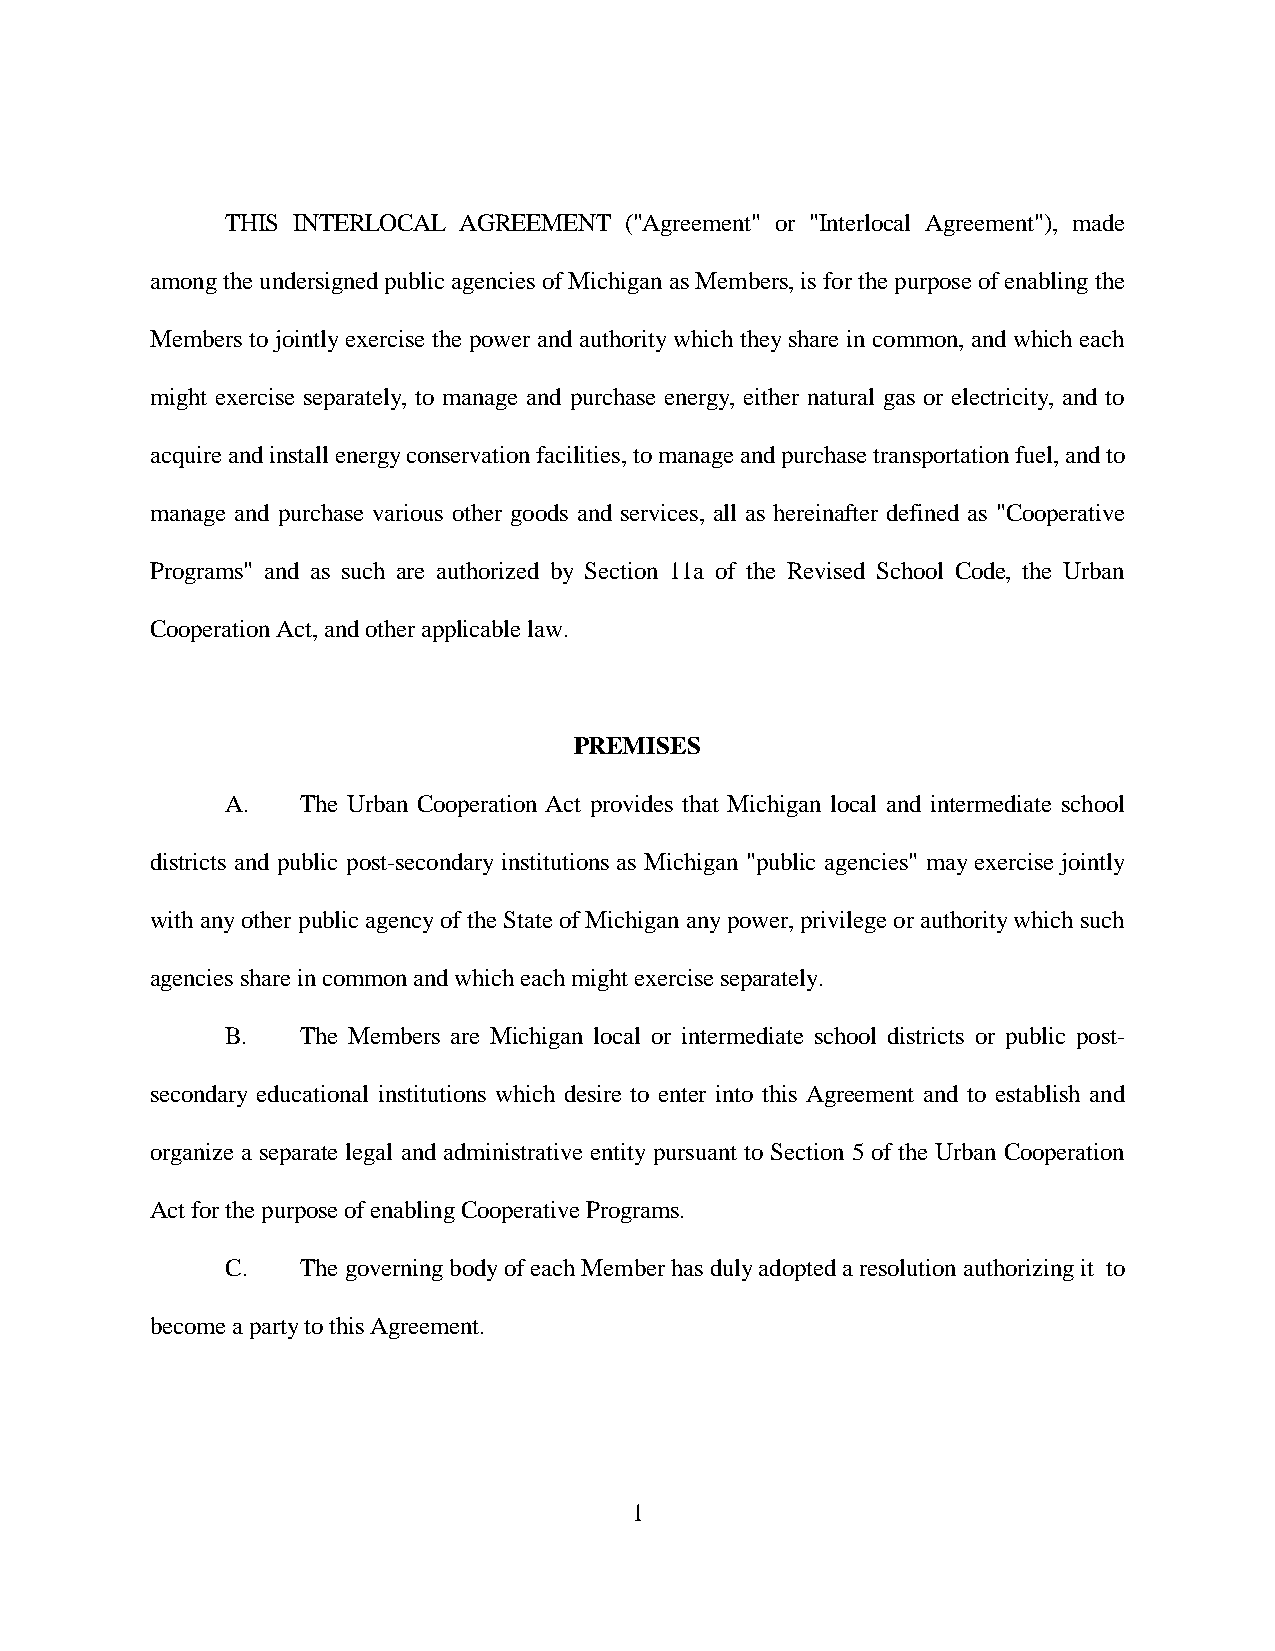
THIS INTERLOCAL AGREEMENT ("Agreement" or "Interlocal Agreement"), made
 among the undersigned public agencies of Michigan as Members, is for the purpose of enabling the
 Members to jointly exercise the power and authority which they share in common, and which each
 might exercise separately, to manage and purchase energy, either natural gas or electricity, and to
 acquire and install energy conservation facilities, to manage and purchase transportation fuel, and to
 manage and purchase various other goods and services, all as hereinafter defined as "Cooperative
 Programs" and as such are authorized by Section 11a of the Revised School Code, the Urban
 Cooperation Act, and other applicable law.
 PREMISES
 A.   The Urban Cooperation Act provides that Michigan local and intermediate school
 districts and public post-secondary institutions as Michigan "public agencies" may exercise jointly
 with any other public agency of the State of Michigan any power, privilege or authority which such
 agencies share in common and which each might exercise separately.
 B.   The Members are Michigan local or intermediate school districts or public post-
 secondary educational institutions which desire to enter into this Agreement and to establish and
 organize a separate legal and administrative entity pursuant to Section 5 of the Urban Cooperation
 Act for the purpose of enabling Cooperative Programs.
 C.   The governing body of each Member has duly adopted a resolution authorizing it to
 become a party to this Agreement.
 1